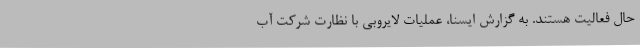
حال فعالیت هستند. به گزارش ایسنا، عملیات لایروبی با نظارت شرکت آب